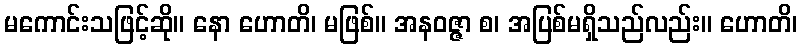
မကောင်းသဖြင့်ဆို။ နော ဟောတိ၊ မဖြစ်။ အနဝဇ္ဇာ စ၊ အပြစ်မရှိသည်လည်း။ ဟောတိ၊